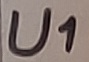
Text: U1